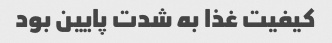
کیفیت غذا به شدت پایین بود